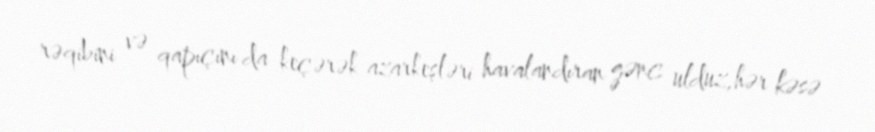
rəqibini və qapıçını da keçərək azarkeşləri havalandıran gənc ulduz,hər kəsə